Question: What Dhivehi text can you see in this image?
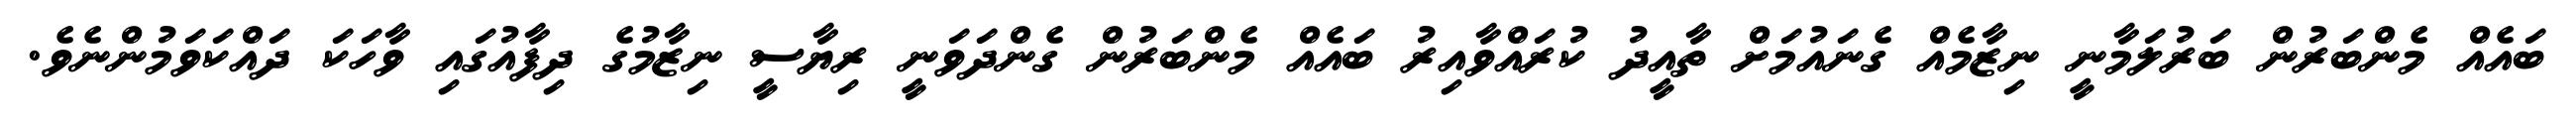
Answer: ބައެއް މެންބަރުން ބަރުލަމާނީ ނިޒާމެއް ގެނައުމަށް ތާއީދު ކުރައްވާއިރު ބައެއް މެންބަރުން ގެންދަވަނީ ރިޔާސީ ނިޒާމުގެ ދިފާއުގައި ވާހަކަ ދައްކަވަމުންނެވެ.